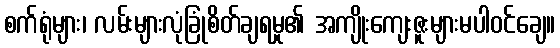
စက်ရုံများ၊ လမ်းများလုံခြုံစိတ်ချရမှု၏ အကျိုးကျေးဇူးများမပါဝင်ချေ။